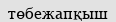
төбежапқыш